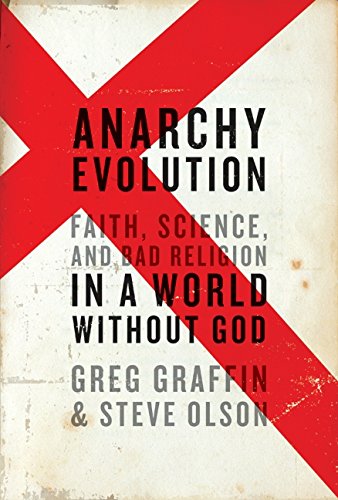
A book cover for Anarchy Evolution: Faith, Science, and Bad Religion in a World Without God; Greg Graffin; Science & Math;